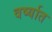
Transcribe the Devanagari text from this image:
वर्ष्यात